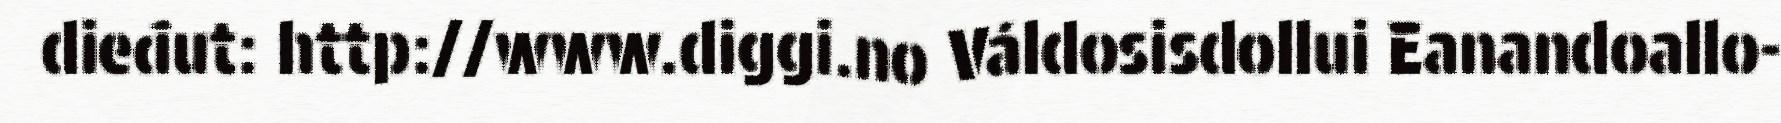
dieđut: http://www.diggi.no Váldosisdollui Eanandoallo-